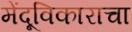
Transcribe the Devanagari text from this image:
मेंदूविकाराचा